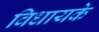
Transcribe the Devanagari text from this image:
विधायके